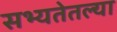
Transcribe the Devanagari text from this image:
सभ्यतेतल्या